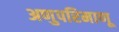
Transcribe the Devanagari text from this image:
अणुपरिमाणू